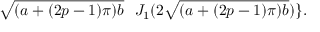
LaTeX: \sqrt { ( a + ( 2 p - 1 ) \pi ) b } \ \ J _ { 1 } ( 2 \sqrt { ( a + ( 2 p - 1 ) \pi ) b } ) \} .